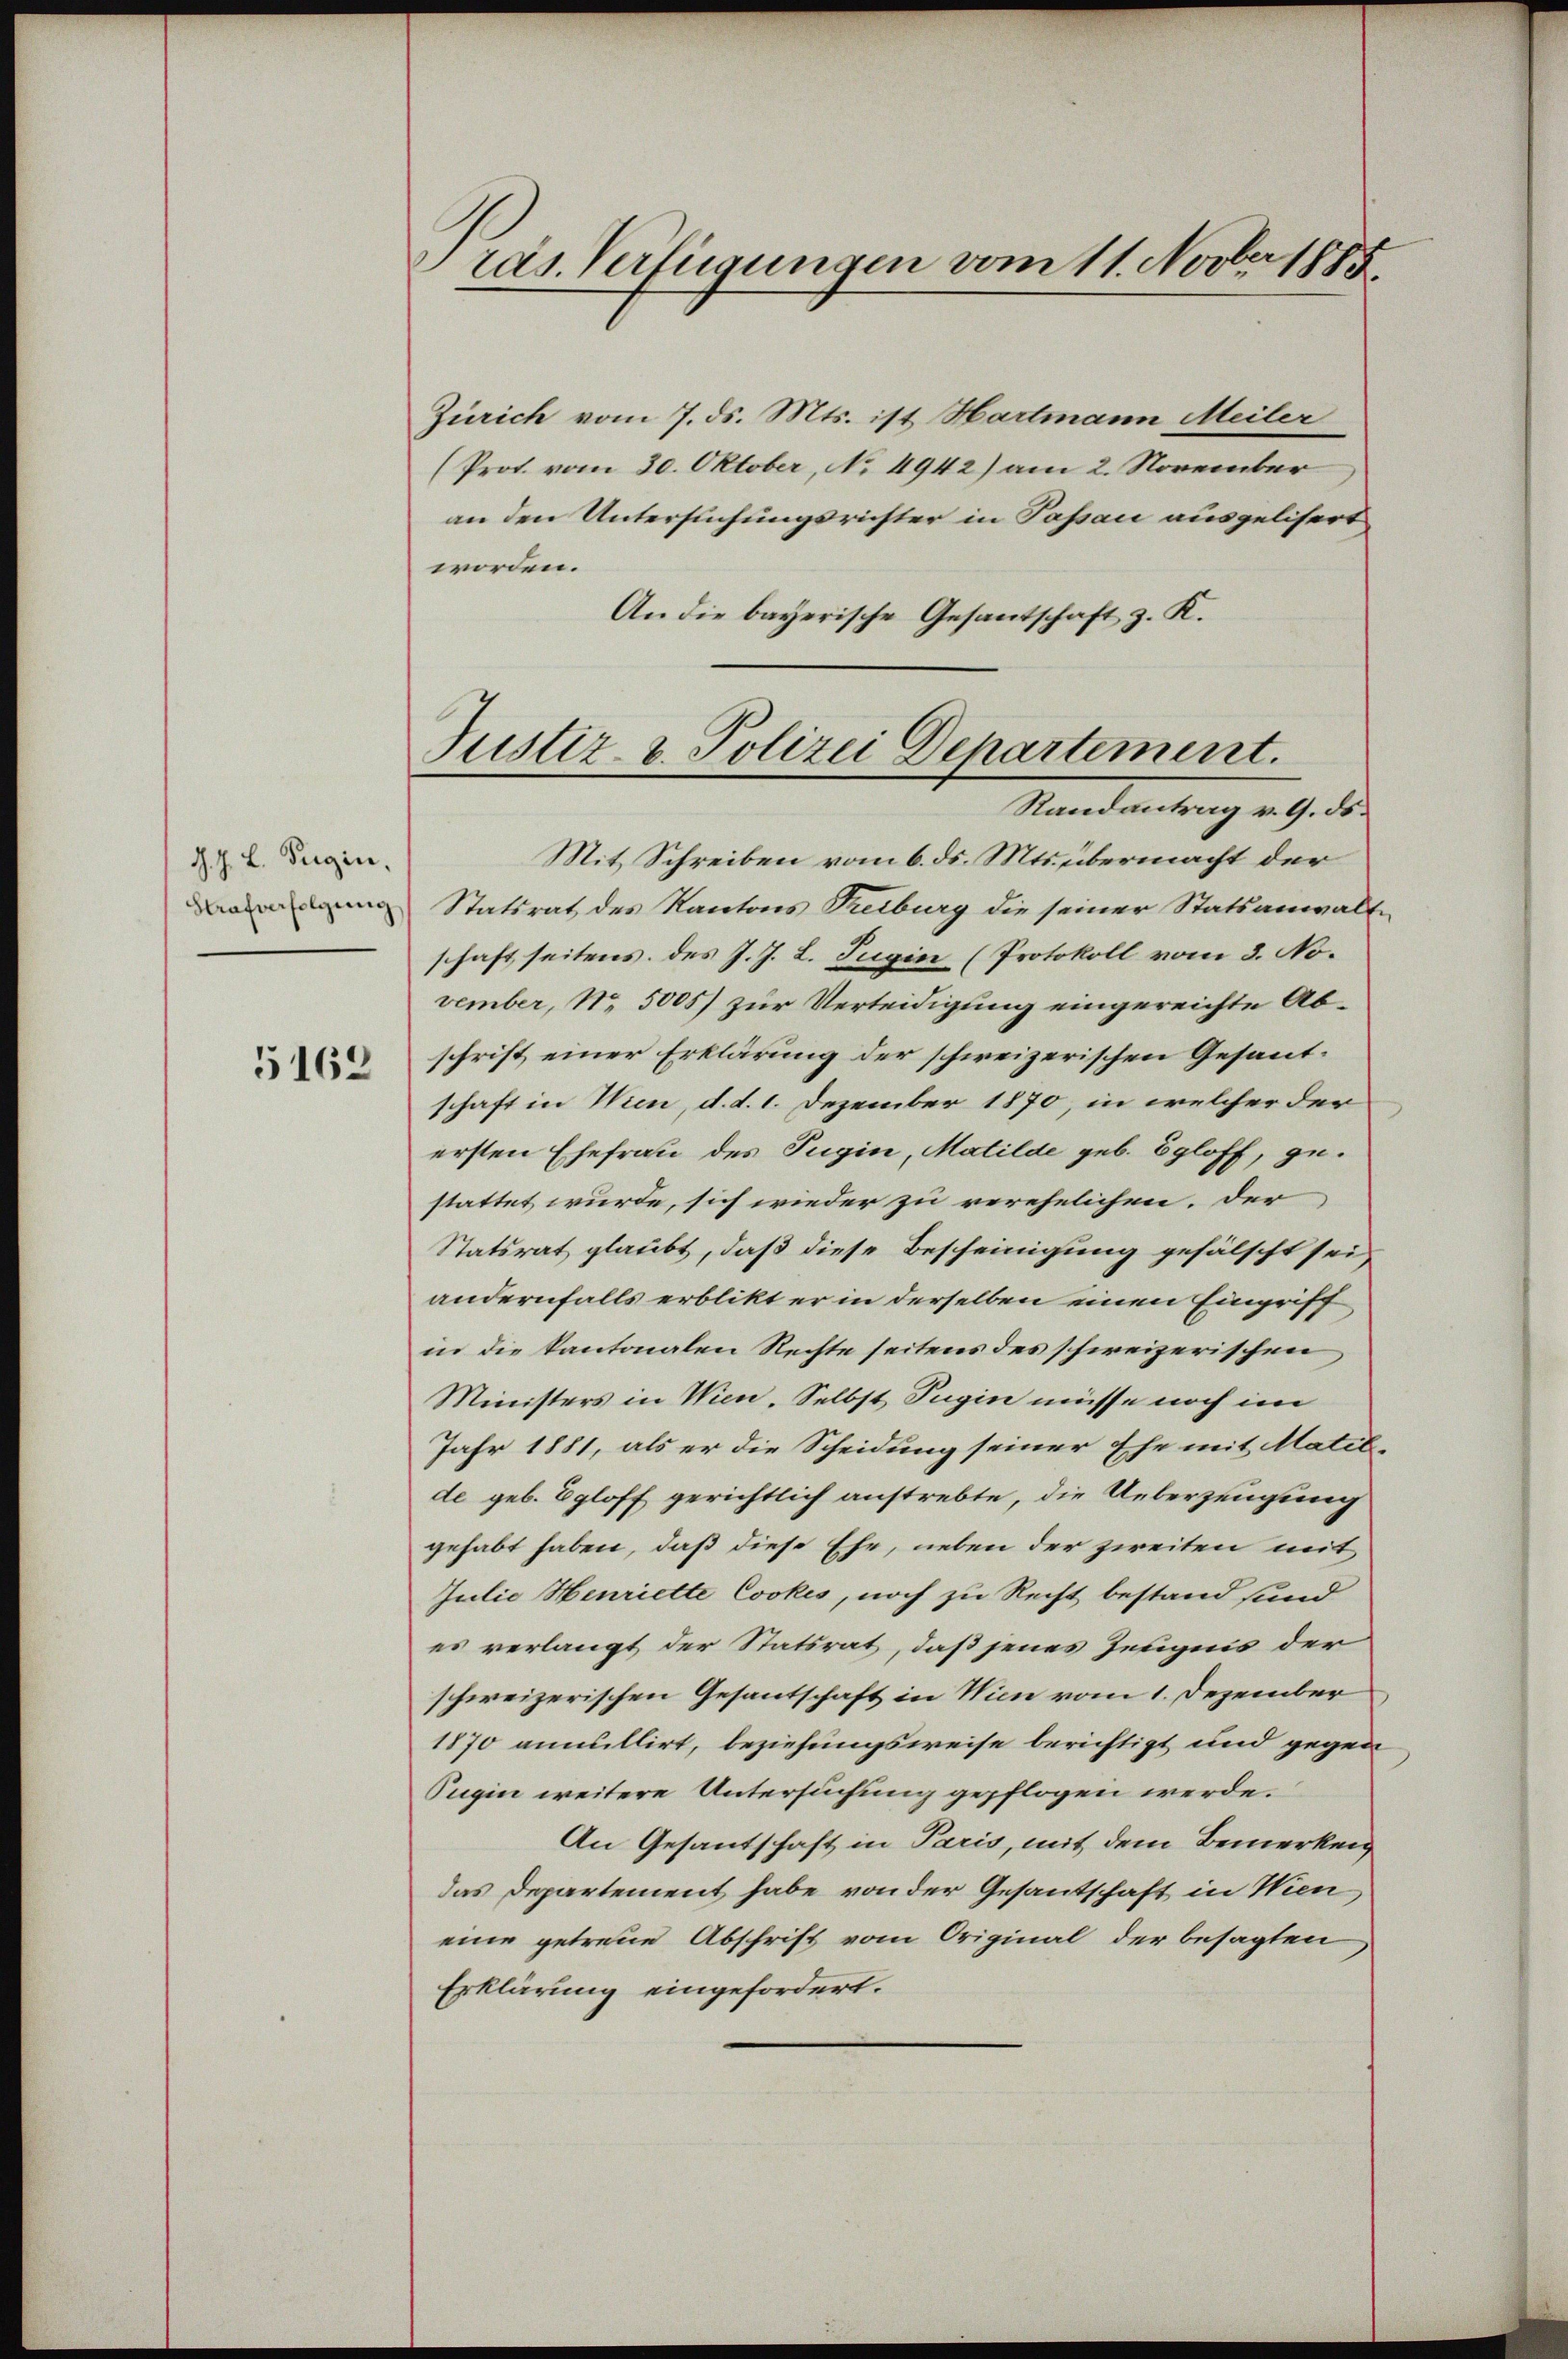
J. J. L. Regin
Strafverfolgung

5162

räs. Verfügungen vom 11. Novber 1885.

Zürich vom 7. ds. Mts. ist Hartmann Meiler
(Prot. vom 30. Oktober, No 4942) am 2. November
an den Untersuchungsrichter in Passau ausgelisert
worden.
An die bayerische Gesantschaft z. K.

Mit Schreiben vom 6. ds. Mts. übermacht der
Statsrat des Kantons Treiburg die seiner Statsanwaltschaft seitens des J. J. L. Tugin (Protokoll vom 3. No.
vember, No 5005) zur Verteidigung eingereichte Abschrift einer Erklärung der schweizerischen Gesandschaft in Wien, d. d. 1. Dezember 1870, in welcher der
ersten Ehefrau des Tugin, Matilde geb. Egloff, gestattet wurde, sich wieder zu verehelichen. Der
Statsrat glaubt, daß diese Bescheinigung gefälscht sei,
andernfalls erblikt er in derselben einen Eingriff
in die kantonalen Rechte seitens des schweizerischen
Ministers in Wien. Selbst Tugin müsse noch im
Jahr 1881, als er die Scheidung seiner Ehe mit Matil-
de geb. Egloff gerichtlich anstrebte, die Ueberzeugung
gehabt haben, daß diese Ehe, neben der zweiten mit
Julie Henriette Cookes, noch zu Recht bestand sind
es verlangt der Statsrat, daß jenes Zeugnis der
schweizerischen Gesantschaft in Wien vom 1. Dezember
1870 annullirt, beziehungsweise berichtigt und gegen
Pugin weitere Untersuchung gepflogen werde.
An Gesantschaft in Paris, mit dem Bemerken
das Departement habe von der Gesantschaft in Wien,
eine getreue Abschrift vom Original der besagten
Erklärung eingefordert.

Justiz- & Polizei Departement.
Randantrag v. 9. ds.